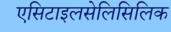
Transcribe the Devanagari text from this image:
एसिटाइलसेलिसिलिक